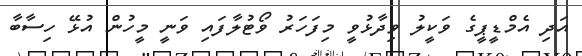
އަދި އެމްޑީޕީގެ ވަކީލު ވިދާޅުވީ މިފަހަރު ވޯޓުލާފައި ވަނީ މީހުން އުޅޭ ހިސާބާ